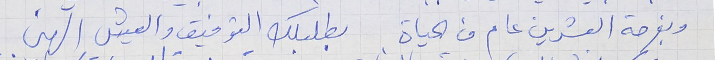
وبفرحة العشرين عام من الحياة     بطلبلك التوفيق والعيش الهني